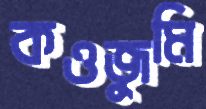
কওজুমি